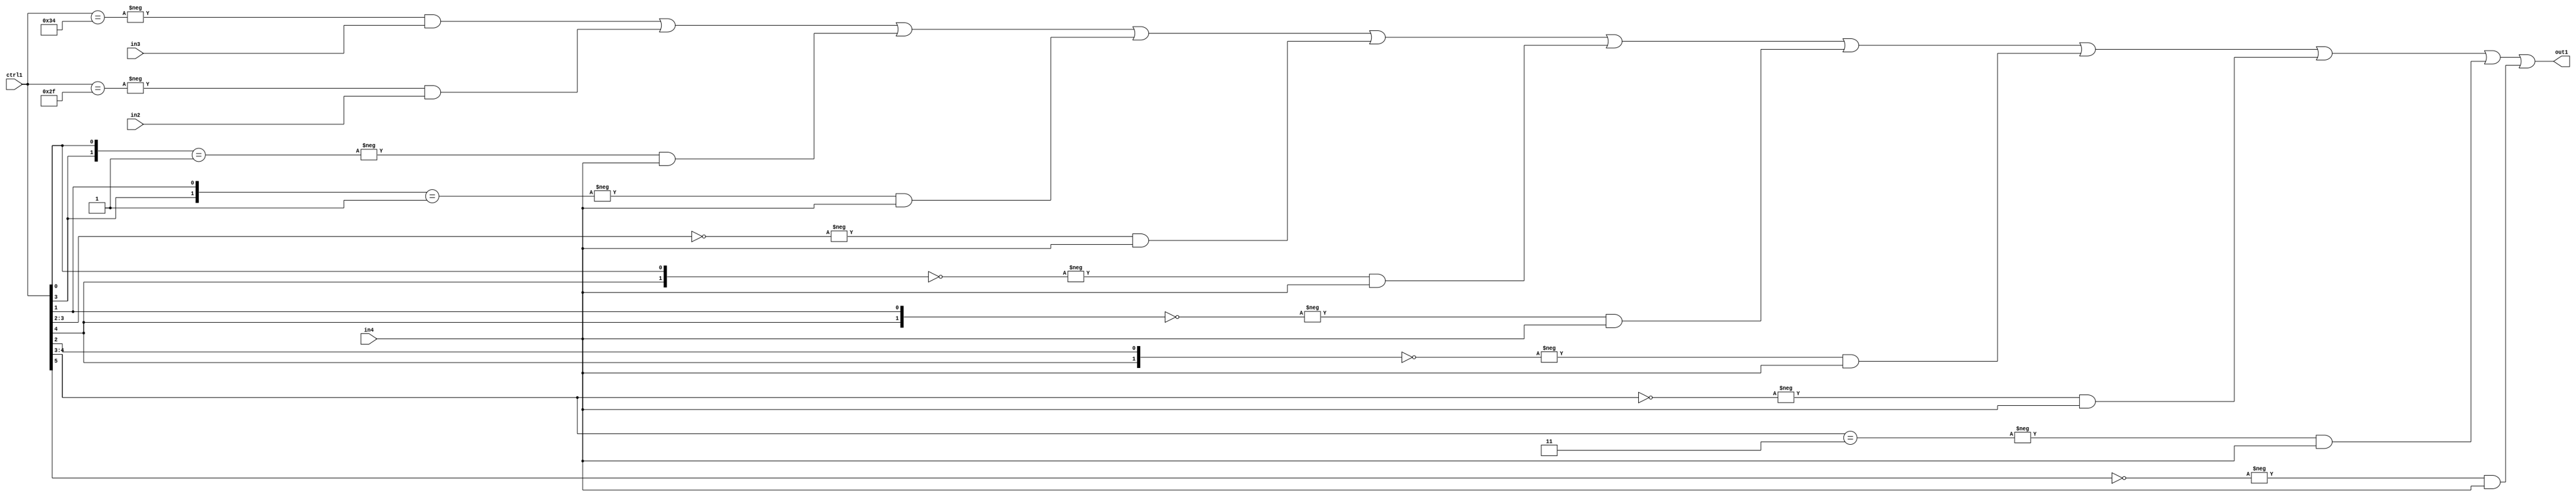
`timescale 1ps / 1ps
/*****************************************************************************
    Verilog RTL Description
    
    
    Created by: Stratus DpOpt 21.05.01 
*******************************************************************************/

module SobelFilter_N_Mux_32_3_74_4 (
	in4,
	in3,
	in2,
	ctrl1,
	out1
	); /* architecture "behavioural" */ 
input [31:0] in4;
input [8:0] in3,
	in2;
input [5:0] ctrl1;
output [31:0] out1;
wire [31:0] asc001;

assign asc001 = 
	-{ctrl1 == 6'B110100} & in3 |
	-{ctrl1 == 6'B101111} & in2 |
	-{{ctrl1[3], ctrl1[0]} == 2'B01} & in4 |
	-{{ctrl1[3], ctrl1[1]} == 2'B01} & in4 |
	-{ctrl1[3:2] == 2'B00} & in4 |
	-{{ctrl1[4], ctrl1[0]} == 2'B00} & in4 |
	-{{ctrl1[4], ctrl1[1]} == 2'B00} & in4 |
	-{{ctrl1[4], ctrl1[2]} == 2'B00} & in4 |
	-{ctrl1[4:3] == 2'B00} & in4 |
	-{ctrl1[4:3] == 2'B11} & in4 |
	-{ctrl1[5] == 1'B0} & in4 ;

assign out1 = asc001;
endmodule

/* CADENCE  vbP2Qgo= : u9/ySxbfrwZIxEzHVQQV8Q== ** DO NOT EDIT THIS LINE ******/